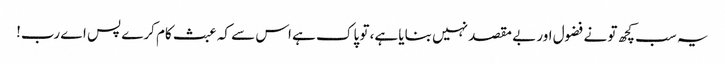
یہ سب کچھ تو نے فضول اور بے مقصد نہیں بنایا ہے، تو پاک ہے اس سے کہ عبث کام کرے پس اے رب!